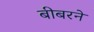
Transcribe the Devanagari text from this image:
बीबरने